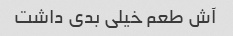
آش طعم خیلی بدی داشت